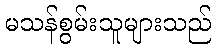
မသန်စွမ်းသူများသည်